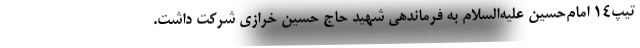
تیپ۱۴ امام‌حسین علیه‌السلام به فرماندهی شهید حاج حسین خرازی شرکت داشت.